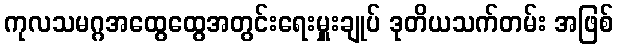
ကုလသမဂ္ဂအထွေထွေအတွင်းရေးမှူးချုပ် ဒုတိယသက်တမ်း အဖြစ်